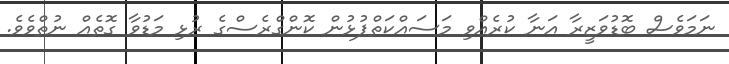
ނަމަވެސް ބޮޑުވަޒީރާ އަނާ ކުރެއްވި މަސައްކަތްޕުޅުން ކޮންގްރެސްގެ ރުޅި މަޑުވާ ގޮތެއް ނުތްވެވެ.